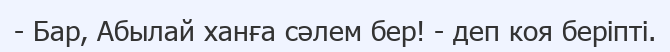
- Бар, Абылай ханға сәлем бер! - деп коя беріпті.